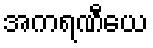
အကရဏီယေ